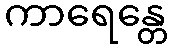
ကာရေန္တေ